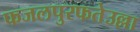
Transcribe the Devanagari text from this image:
फजलपुरफतेउल्ला